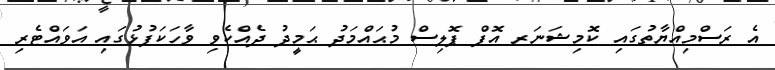
އެ ރަސްމިއްޔާތުގައި ކޮމިޝަނަރ އޮފް ޕޮލިސް މުޙައްމަދު ޙަމީދު ދެއްކެވި ވާހަކަފުޅުގައި އަވައްޓެރި